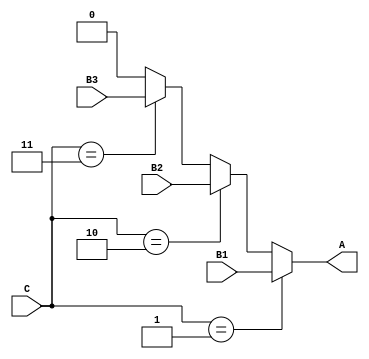
module q4a (
    output wire A,
    input wire B1, B2, B3,
    input wire [1:0] C
);

    always @(C,B1,B2,B3) begin

        if(C == 2'b01)
            A = B1;
        else if(C == 2'b10)
            A = B2;
        else if( C == 2'b11)
            A = B3;
        else
            A = 0; 
    end    
endmodule